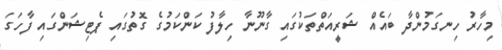
މިހާރު ހިނގަމުންދާ ބައެއް ޝަރީއަތްތަކުގައި ގާނޫނާ ހިލާފު ކަންކަމުގެ ގޮތުގައި ޕެޓިޝަންގައި ފާހަގަ